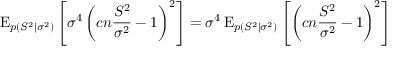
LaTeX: \operatorname { E } _ { p ( S ^ { 2 } \mid \sigma ^ { 2 } ) } \left[ \sigma ^ { 4 } \left( c n { \frac { S ^ { 2 } } { \sigma ^ { 2 } } } - 1 \right) ^ { 2 } \right] = \sigma ^ { 4 } \operatorname { E } _ { p ( S ^ { 2 } \mid \sigma ^ { 2 } ) } \left[ \left( c n { \frac { S ^ { 2 } } { \sigma ^ { 2 } } } - 1 \right) ^ { 2 } \right]